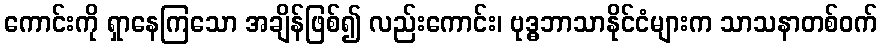
ကောင်းကို ရှာနေကြသော အချိန်ဖြစ်၍ လည်းကောင်း၊ ဗုဒ္ဓဘာသာနိုင်ငံများက သာသနာတစ်ဝက်